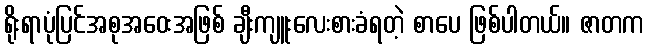
ရိုးရာပုံပြင်အစုအဝေးအဖြစ် ချီးကျူးလေးစားခံရတဲ့ စာပေ ဖြစ်ပါတယ်။ ဇာတက